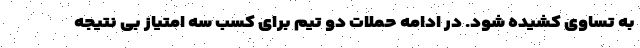
به تساوی کشیده شود. در ادامه حملات دو تیم برای کسب سه امتیاز بی نتیجه